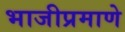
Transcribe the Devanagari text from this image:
भाजीप्रमाणे